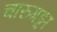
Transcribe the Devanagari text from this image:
चारुगङ्गा